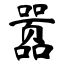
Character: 嚣